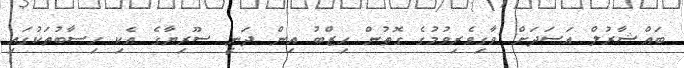
ބައްޝާރުލް އަސަދަށް ވާގިވެރިވުމުގެ ގޮތުން ހިޒްބު އިން ދަނީ ސޫރިޔާގެ އެކި ހިސާބުތަކުގައި